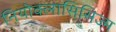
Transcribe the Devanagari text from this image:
नियोक्लासिसिज्म